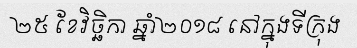
២៥ ខែវិច្ឆិកា ឆ្នាំ២០១៨ នៅក្នុងទីក្រុង